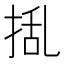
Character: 𭡃